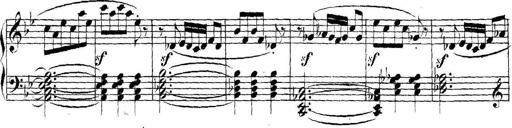
Title: Collected Piano Sonatas
Composer: Muzio Clementi